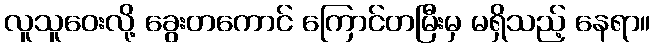
လူသူဝေးလို့ ခွေးတကောင် ကြောင်တမြီးမှ မရှိသည့် နေရာ။